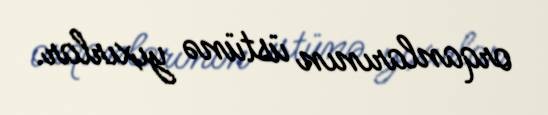
orqanlarının üstünə yıxırlar.